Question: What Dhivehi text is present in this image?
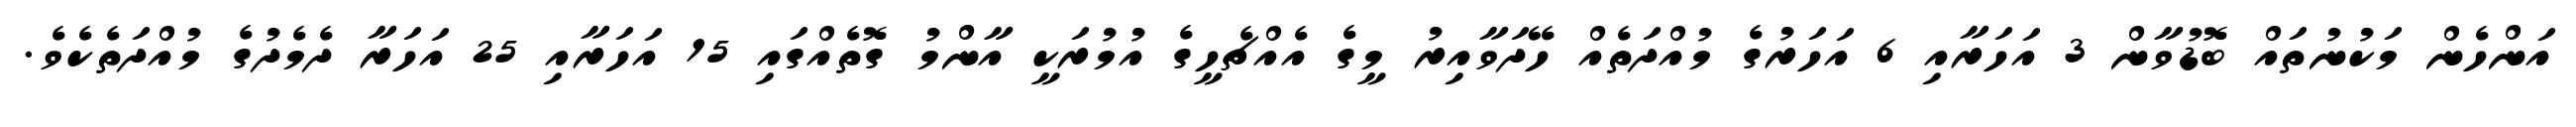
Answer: އަންހެން މަކުނުތައް ބޮޑުވާން 3 އަހަރާއި 6 އަހަރުގެ މުއްދަތެއް ހޭދަވާއިރު މީގެ އެއްޗެހީގެ އުމުރަކީ އާންމު ގޮތެއްގައި 15 އަހަރާއި 25 އަހަރާ ދެމެދުގެ މުއްދަތެކެވެ.